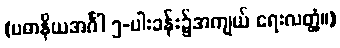
(ပဓာနိယအင်္ဂါ ၅-ပါးခန်း၌အကျယ် ရေးလတ္တံ့။)